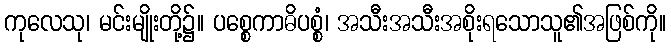
ကုလေသု၊ မင်းမျိုးတို့၌။ ပစ္စေကာဓိပစ္စံ၊ အသီးအသီးအစိုးရသောသူ၏အဖြစ်ကို။